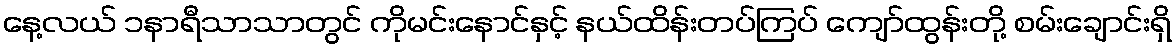
နေ့လယ် ၁နာရီသာသာတွင် ကိုမင်းနောင်နှင့် နယ်ထိန်းတပ်ကြပ် ကျော်ထွန်းတို့ စမ်းချောင်းရှိ